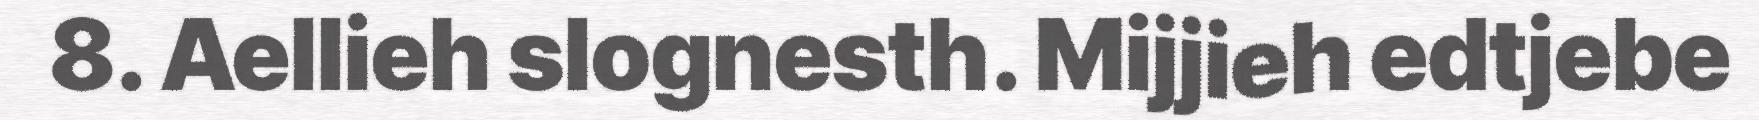
8. Aellieh slognesth. Mijjieh edtjebe